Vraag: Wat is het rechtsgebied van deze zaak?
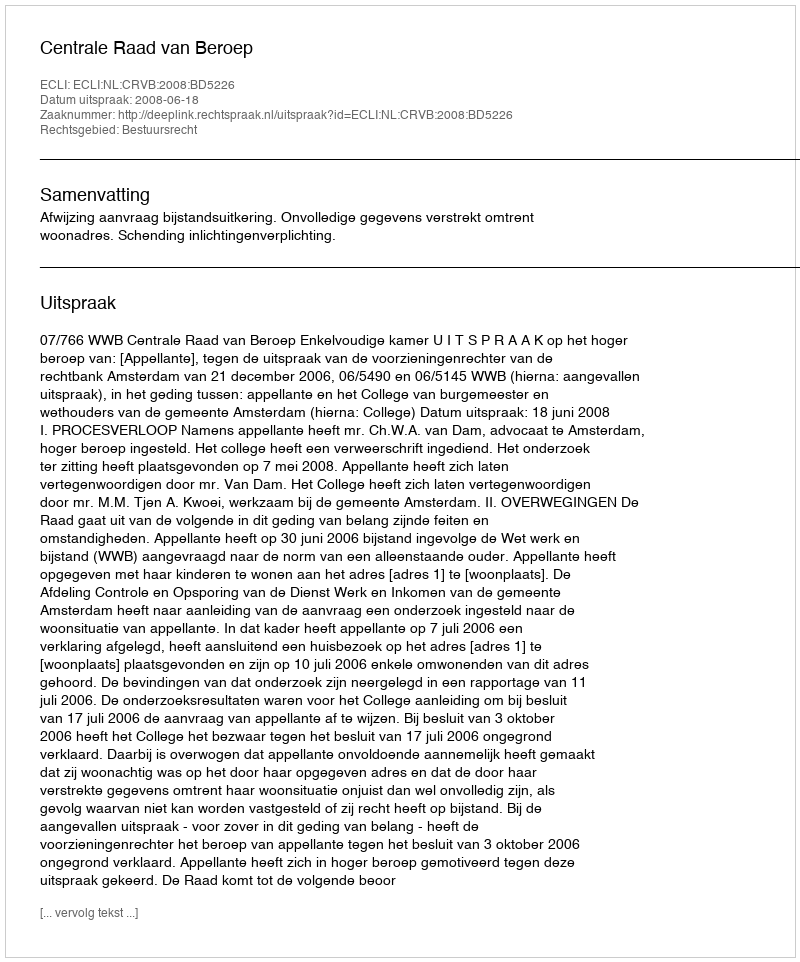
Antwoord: Bestuursrecht